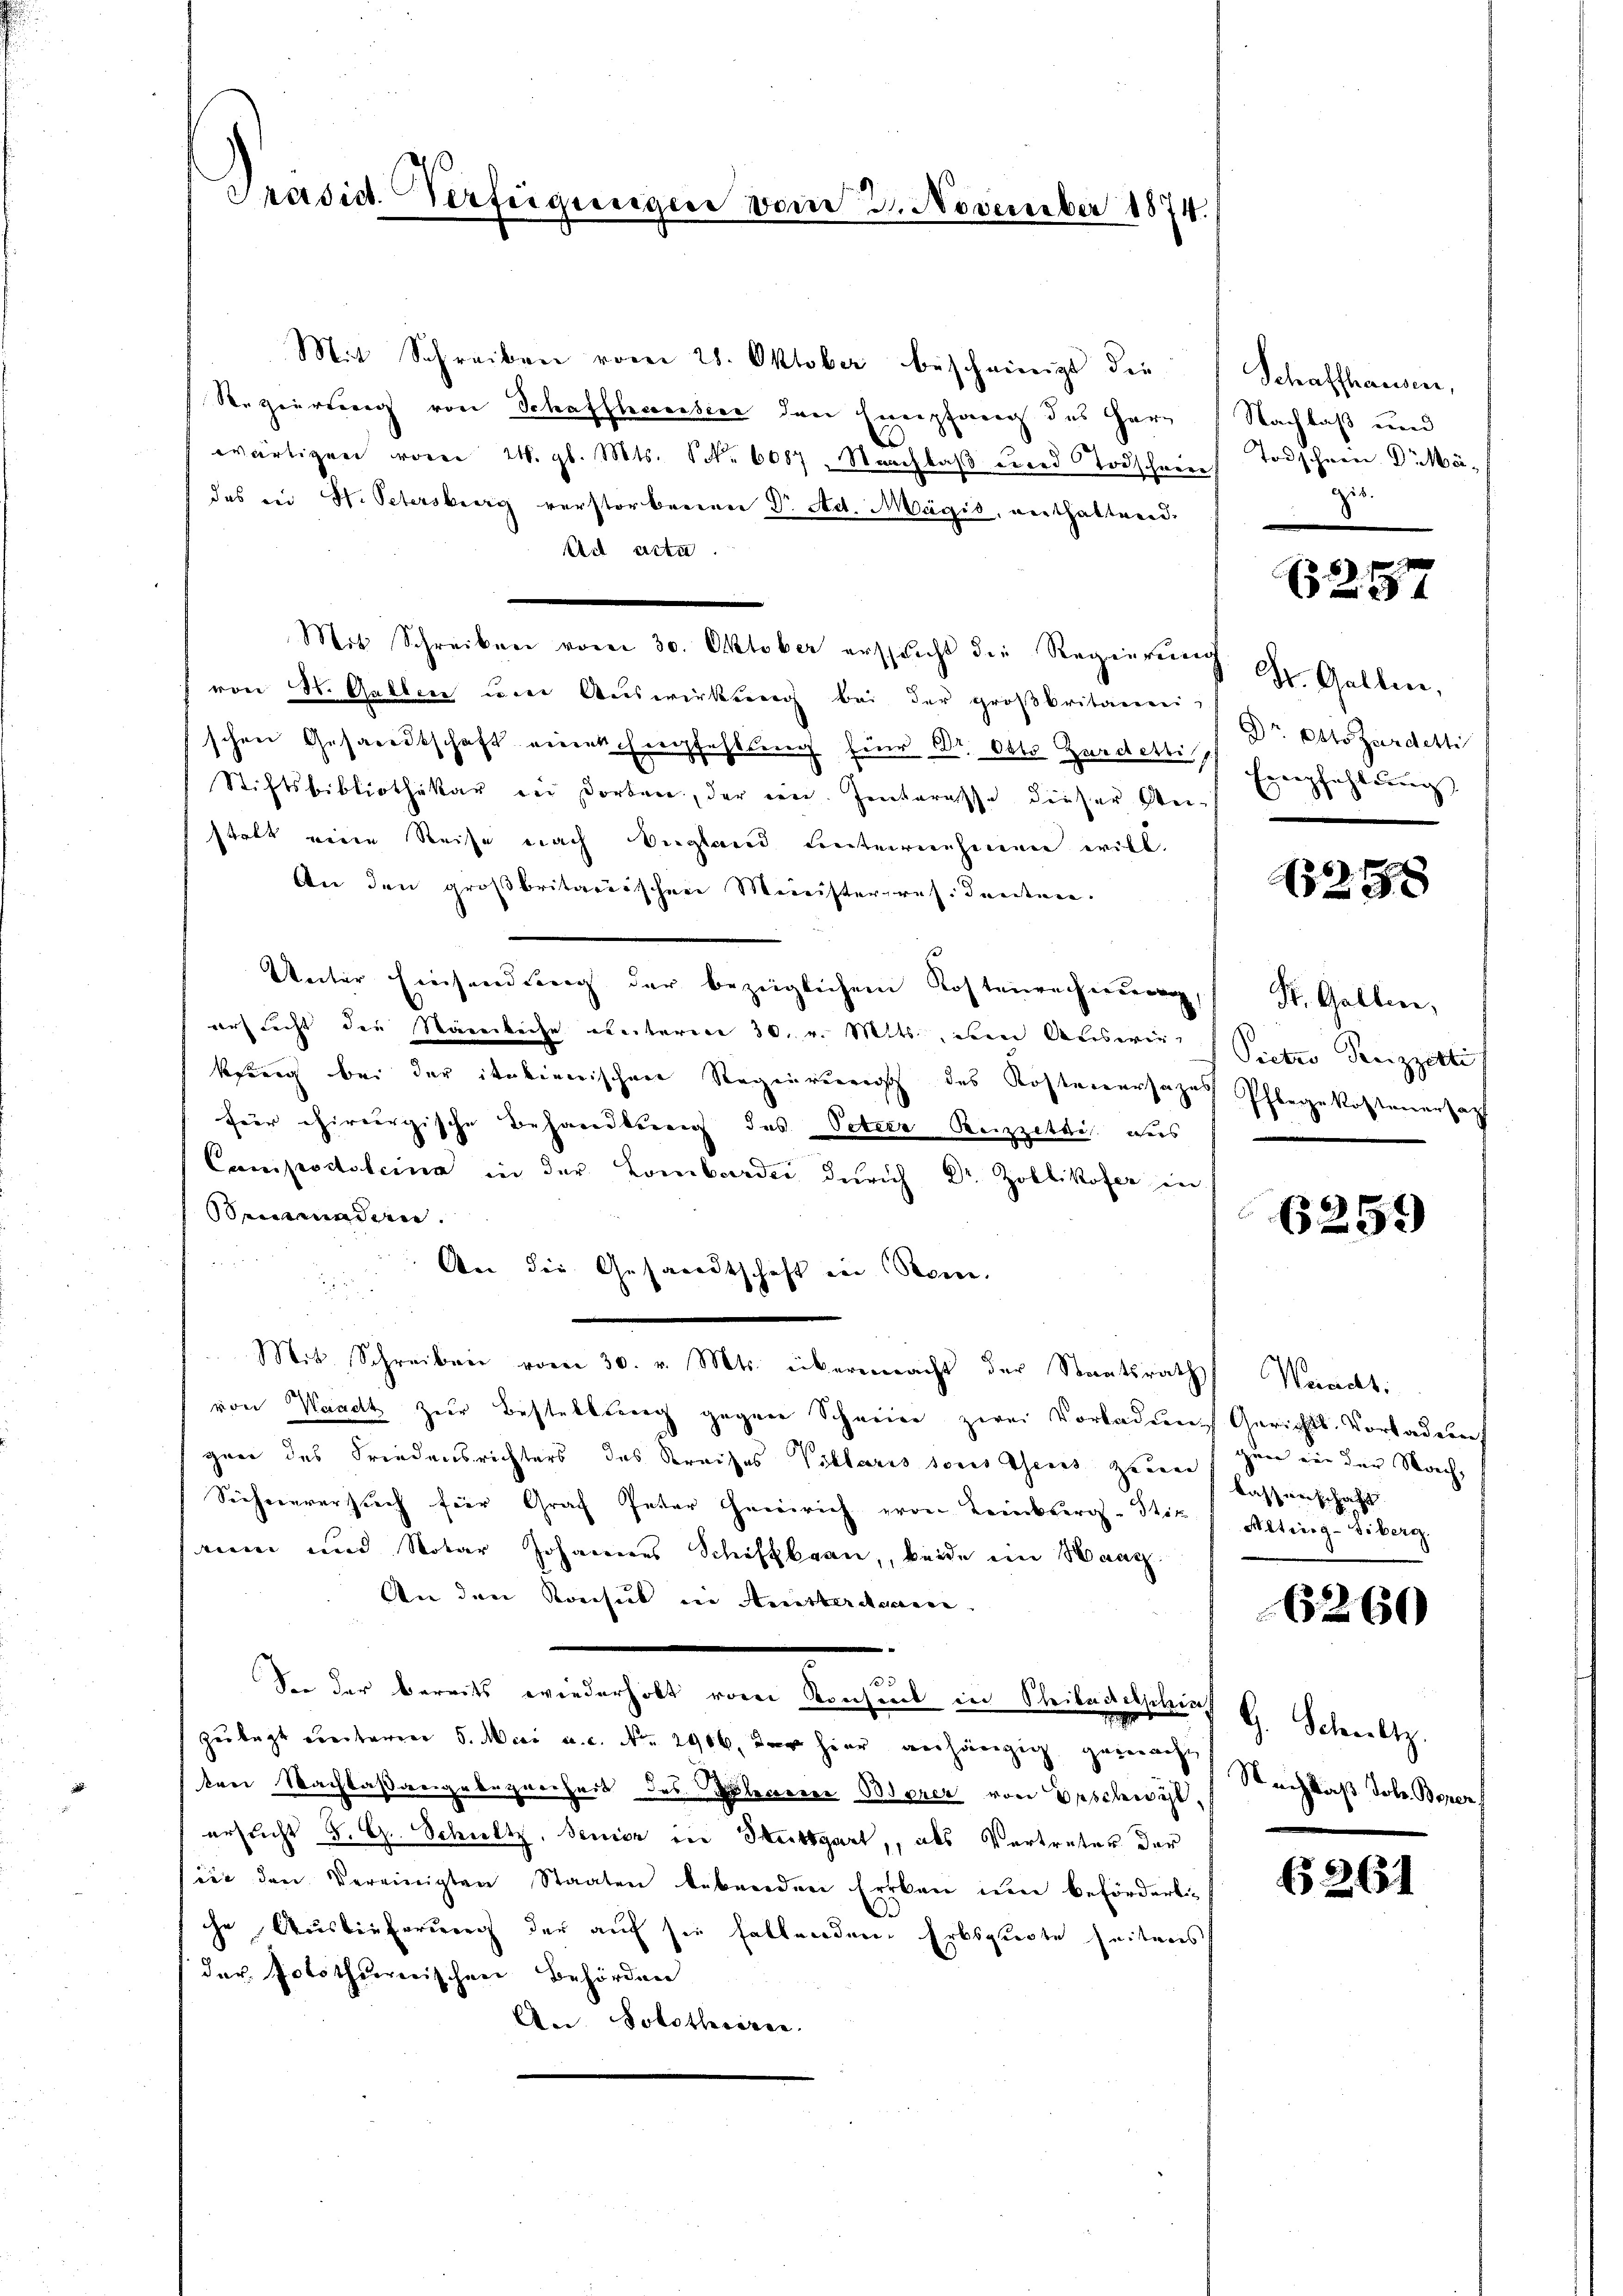
Präsid. Verfügungen vom 3. November 1874.

Mit Schreiben vom 28. Oktober bescheinigt die
Regierung von Schaffhaussere den Empfang des Harz (Nachlaß und
wärtigen vom 24. gl. Mts. (N. 6087. Nachlaß und Todschein Todschein Dr Mädas in St. Petersburg verstorbenen Dr. Ad. Magis, verthaltend.
Art acta.
Mit Schreiben vom 30. Oktober erspricht die Regierŭng St. Gallen,
von St. Gallen um Auswirkung bei der großbritaeren Dr. Otto Zardetti
schen Gesandtschaft eines Empfehlung für Dr. Otto Zardes Exempfehlung
Stiftsbibliothekar in dorten, der ein. Jentarasse dieser Anstalt eine Reise nach Vergland unternehmen will.
An den großbritarischen Ministerpresidenten.
Unter Einsendung der bezüglichen Kostenrechnung,
ars nicht die Nämliche unterm 30. v. Mts., den Auswirt Septer Seizzette
körnig bei der italienischen Regenvererisch des Kostenersages
für chirurgische Behandlung des Vetere Reizzetti aus
Campodsteina in der Lombardes Zürich Dr. Zollikofer in
Semaden.
An die Gesandtschaft in Rom.
Mit Schreiben vom 30. v. Mts. übermacht der Staatsrath Werricht:
von Waadt zur Bestellung gegene Schneien zwei Vorladung Gerichts-Vorladenen
gaer des Friedensrichters des Kreises Villaris sous Theils zum zum in der Nach
Sichererersuch für Graf Peter Heinrich von Teinberg-Stik
saum und Notar Johannes Schiftkran, beide ein Haag.
An den Kreisick in Anisterdauren.
3
Sie der bereits wiederholt vom Konsent in Steilsartef G. Schultz.
zu legt weiteren 5. Mai a. c. No. 2966. der hier anhängig gemacht
brei Nachlaßangabezeichnis des Telegener Oderer von Verschwist,
ersucht S. G. Schultz, Senior in Stuttgart, als Vertreter der
sie den Vereinigten Staaten lebenden Erben um beförderliche Auslieferung der auf sie fallenden Erbsgiebte seitens
der Potothurerischen Behörden
An Solothriren.

Schaffhausen,
b.

(257

6. 1

St. Gallen,
Pflegekostenersagt

e

6259)

lassenschaft
Alting-Siberg.

6260

Nachlaß Joh. Borer

§ 261